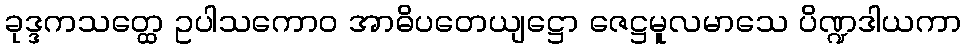
ခုဒ္ဒကသတ္ထေ ဥပါသကောဝ အာဓိပတေယျဋ္ဌော ဇေဋ္ဌမူလမာသေ ပိဏ္ဍဒါယကာ